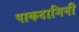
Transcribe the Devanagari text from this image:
पाकदामिनी